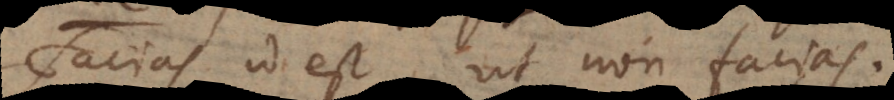
facias, id est ut non facias.